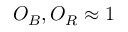
O _ { B } , O _ { R } \approx 1